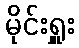
မိုင်းရှူး